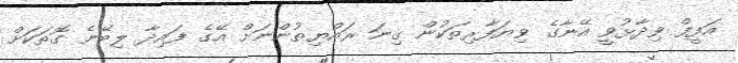
އަފީފް ވިދާޅުވީ އޭނާގެ ވިޔަފާރިތަކުން ގިނަ ރައްޔިތުންނަށް އޭގެ ފައިދާ ލިބޭނެ ގޮތަކަށް